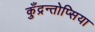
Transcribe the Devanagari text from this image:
कुँद्रन्तोप्सिया